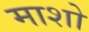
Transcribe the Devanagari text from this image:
माशो